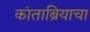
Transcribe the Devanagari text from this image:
कांताब्रियाचा